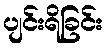
ပျင်းရိခြင်း